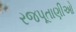
રજપૂતાણીઓ